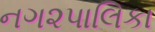
નગ૨પાલિકા